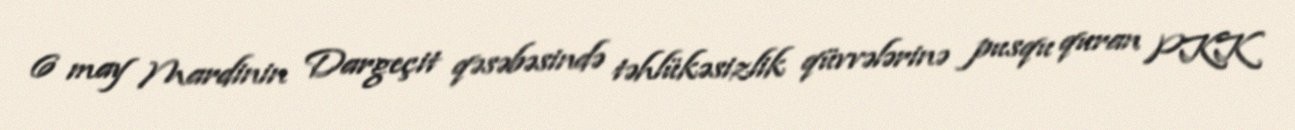
6 may Mardinin Dargeçit qəsəbəsində təhlükəsizlik qüvvələrinə pusqu quran PKK